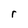
Character: r